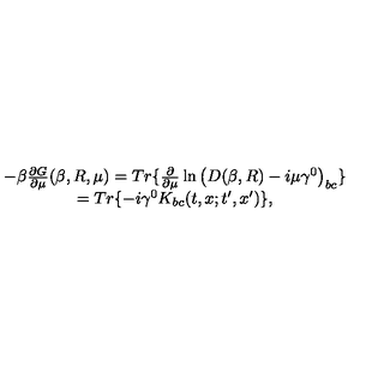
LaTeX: \begin{array} { c } { - \beta \frac { \partial G } { \partial \mu } ( \beta , R , \mu ) = T r \{ \frac \partial { \partial \mu } \ln \left( D ( \beta , R ) - i \mu \gamma ^ { 0 } \right) _ { b c } \} } \\ { = T r \{ - i \gamma ^ { 0 } K _ { b c } ( t , x ; t ^ { \prime } , x ^ { \prime } ) \} , } \\ \end{array}